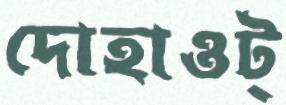
দোহাওট্